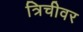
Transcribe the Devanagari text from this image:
त्रिचीवर